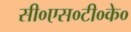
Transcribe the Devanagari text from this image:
सी०एस०टी०के०